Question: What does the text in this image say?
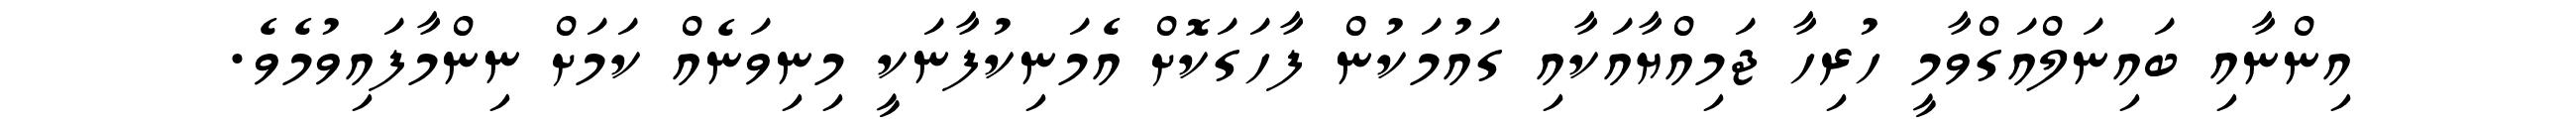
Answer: އިންނާއި ބައިނަލްއަގްވާމީ ހުރިހާ ޖަމިއްޔާއަކާއި ގައުމަކުން ފާހަގަކޮށް އެމަނިކުފާނަކީ މިނިވަނެއް ކަމަށް ނިންމާފައިވުމެވެ.